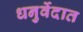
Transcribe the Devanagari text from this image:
धनुर्वेदात